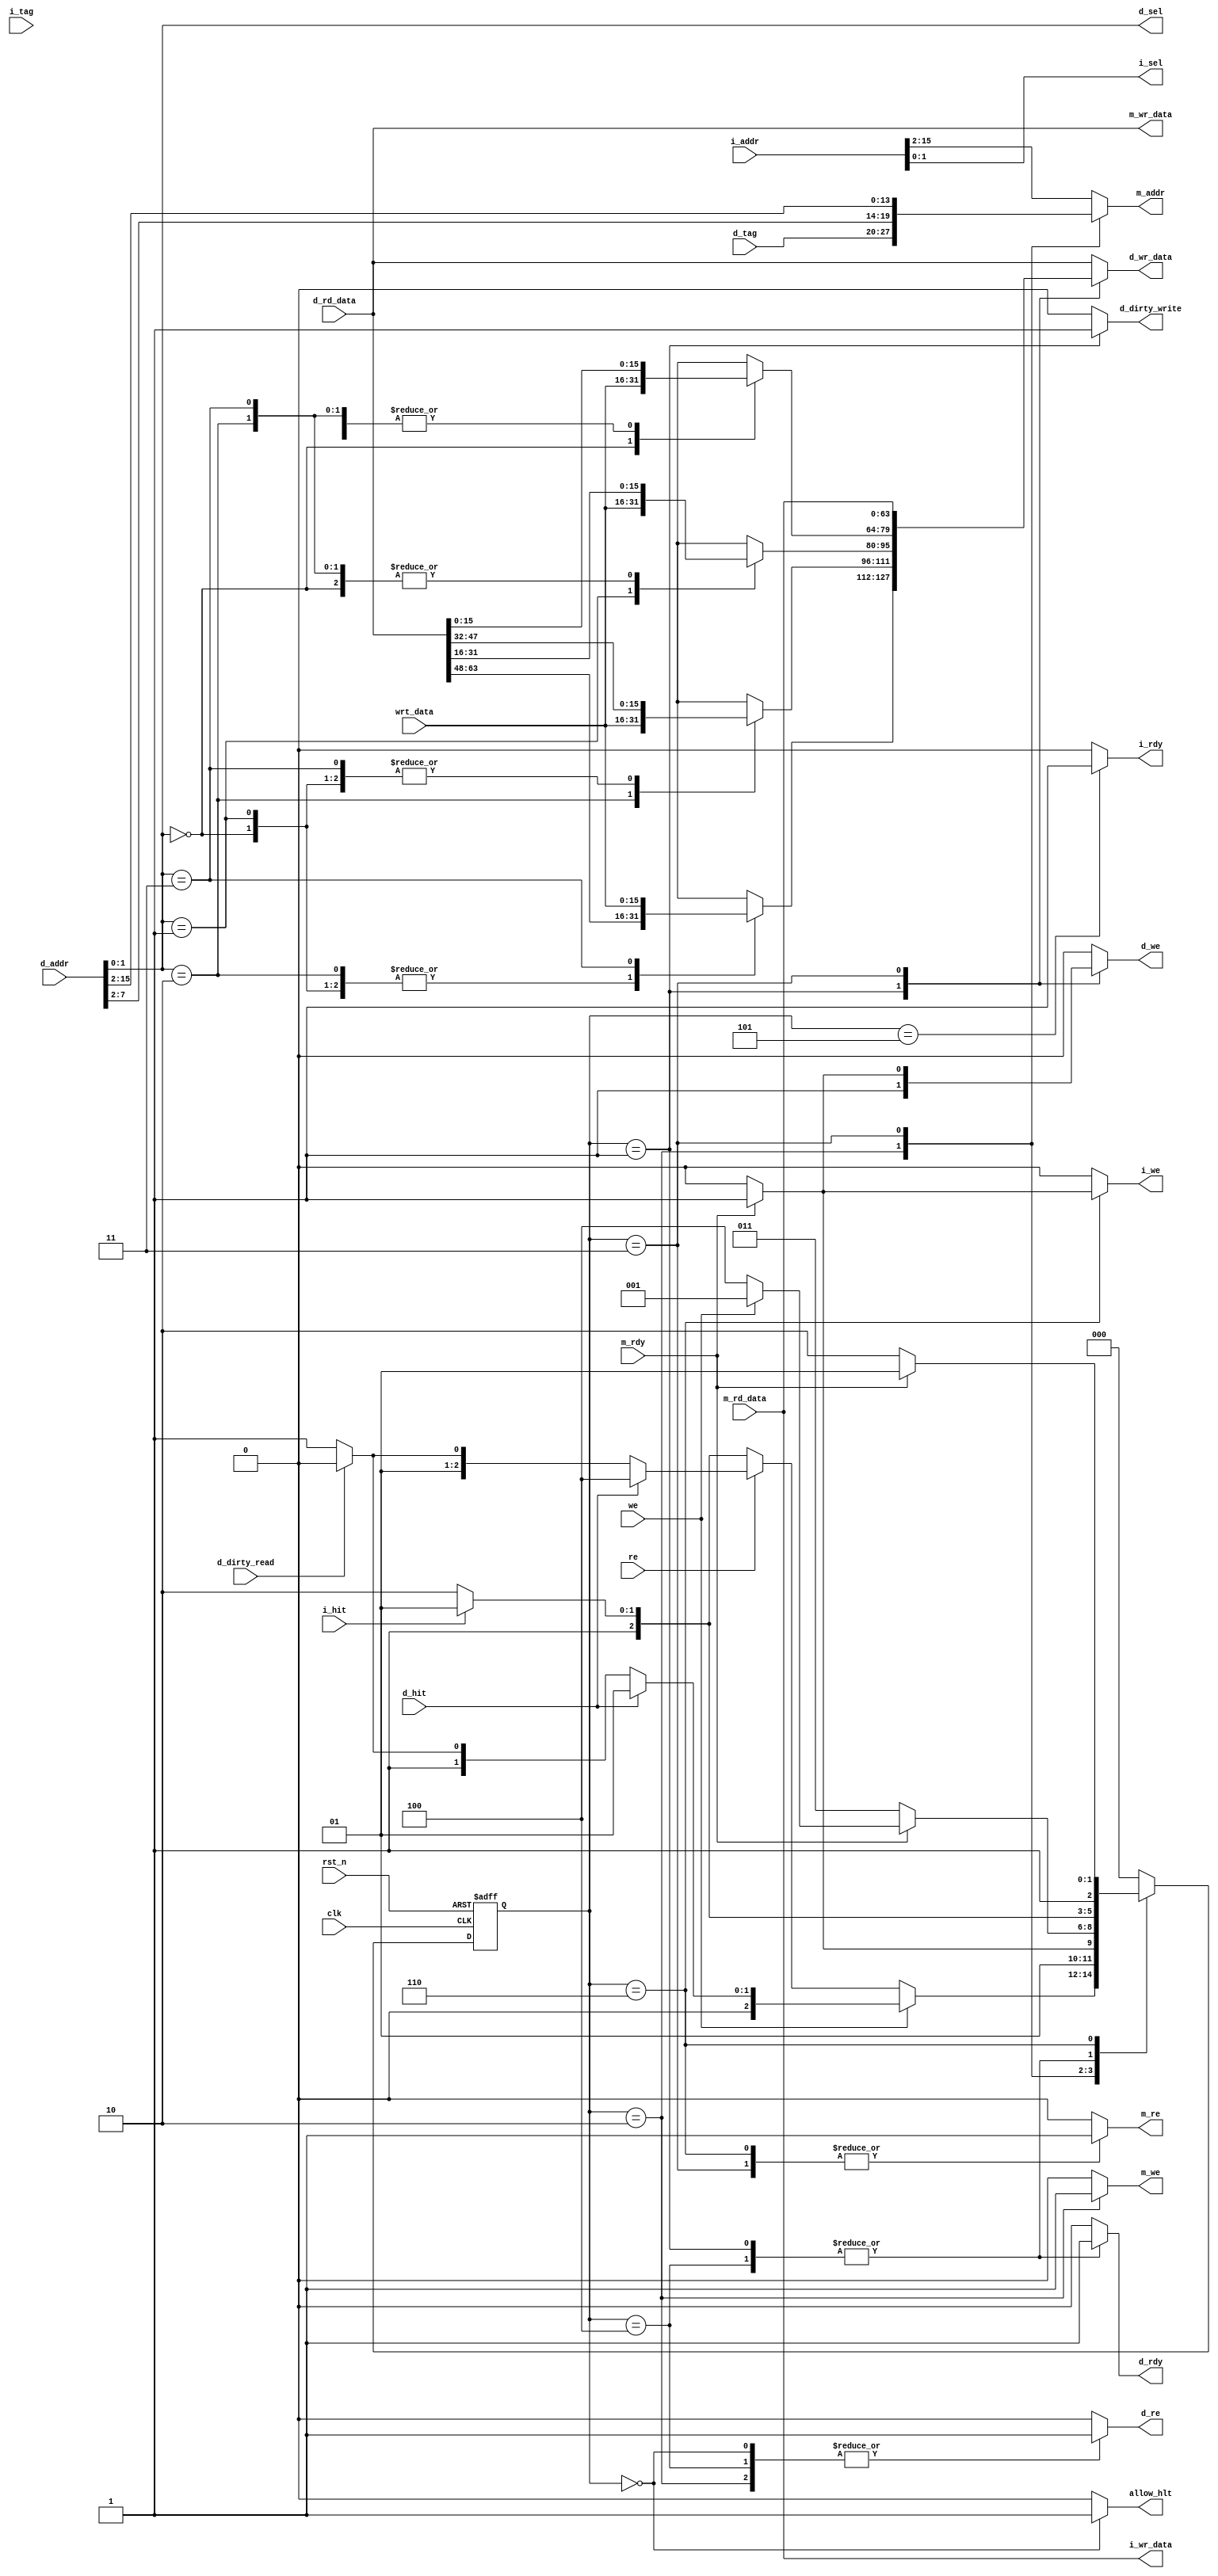
module cache_controller(clk, rst_n, i_rdy, i_sel, i_wr_data, i_we, m_addr, m_re, m_we, m_wr_data, i_addr, i_hit, i_tag, m_rd_data, m_rdy, re, we, d_addr, wrt_data, d_wr_data, d_dirty_write, d_we, d_re, d_tag, d_hit, d_dirty_read, d_sel, d_rd_data, d_rdy,allow_hlt);
        // Course: ECE552
        // Date modified: 12 Dec 2014
	// module to control cache reads and writes, contained inside of mem_hierarchy  

  input clk, rst_n;
  input [15:0] i_addr;					// full instruction address from pc
  input i_hit, d_hit, d_dirty_read;		// high when hit, dirty, or dirty read from memory
  input [7:0] i_tag, d_tag;				// tag to check in i_cache and d_cache
  input [63:0] m_rd_data, d_rd_data;	// read data from d_cache and memory
  input m_rdy;							// high when memory is ready to be read
  input re, we;							// enable read or write for memory
  input [15:0] d_addr, wrt_data;		// address and data to write to memory for data
  
  output reg i_rdy, i_we, m_we, m_re, d_dirty_write, d_we, d_re, d_rdy; 	// high when enabled
  output reg [63:0] i_wr_data, m_wr_data, d_wr_data;	// data to write to to either cache and memory
  output reg [13:0] m_addr;			// memory address (whether in cache or main memmory)
  output reg [1:0] i_sel, d_sel;	// select for offset of output
  output reg allow_hlt;		// allows a halt to propagate through cpu
  
  reg [2:0] state, nextState; // allows 8 states
  reg [63:0] save_d_rd_data;  

  // States //
  localparam IDLE 	       = 3'b000; // Waiting for instruction/order
  localparam WRITE_DCACHE  = 3'b001; // Used for writing program data into Dcache
  localparam DCACHE_TO_MEM = 3'b010; // write Dcache into mem on evict
  localparam MEM_TO_DCACHE = 3'b011; // get new mem block and install into Dcache
  localparam READ_DCACHE   = 3'b100; // read current value in Dcache (on hit)
  localparam READ_ICACHE   = 3'b101; // read current value in Icache on hit
  localparam MEM_TO_ICACHE = 3'b110; // install new mem block into iCache on instr miss

  
  always @(posedge clk, negedge rst_n) begin
	if(!rst_n) begin
      state <= IDLE;
    end else begin
      state <= nextState;
    end
  end
  
  /* FSM */
  always @ (*) begin
    //$display("STATE=%b", state);
    // default values
    i_rdy = 1'b0;
    i_sel = i_addr[1:0];
    i_we  = 1'b0;
    i_wr_data = m_rd_data;	// instructon read from memory should always written to i_cache
    m_we  = 1'b0;
    m_re  = 1'b0;
    m_addr = i_addr[15:2];
    m_wr_data = d_rd_data;
    d_dirty_write = 1'b0;
    d_we = 1'b0;
    d_re = 1'b0; // data read from mem is auto put into instr to write to cache
    d_wr_data = d_rd_data;	// data read from memory should always be written to d_cache
    d_sel = d_addr[1:0];
    d_rdy = 1'b0;
	allow_hlt = 1'b0;
    nextState = IDLE;
    
    case (state)
      IDLE: begin
      	// IDLE state: waiting for a request for the i_cache or d_cache
        // allow hlt instruction to propagate through while IDLE
        allow_hlt = 1'b1;
        // allow a d_cache read in IDLE state. i_re is always set high
        d_re = 1'b1;
        if(we) begin
          // if write enable for d_cache, check if block is a hit or dirty
          nextState=(d_hit)? WRITE_DCACHE : ((d_dirty_read) ? DCACHE_TO_MEM : MEM_TO_DCACHE);
        end else if(re) begin
          // if read enable for d_cache, check if block is hit or dirty
          nextState=(d_hit)? READ_DCACHE : ((d_dirty_read) ? DCACHE_TO_MEM : MEM_TO_DCACHE);
        end else begin
          // if not accessing d_cache, assume an instruction read and check i_cache for hit
          nextState = (i_hit) ? READ_ICACHE : MEM_TO_ICACHE;
        end
      end
      WRITE_DCACHE: begin
      	// WRITE_DCACHE state: write date to d_cache before memory
        // if there is a hit in d_cache, write to that block
        d_we = 1'b1;
        // set dirty since block will be modified after write
        d_dirty_write = 1'b1;
        // select which offset within block to write to
        case (d_addr[1:0])
          2'b00: d_wr_data[15:0] = wrt_data;
          2'b01: d_wr_data[31:16] = wrt_data;
          2'b10: d_wr_data[47:32] = wrt_data;
          2'b11: d_wr_data[63:48] = wrt_data;
          default: begin
            // default set to prevent latch
          end
        endcase
        // enable read from d_cache before entering next state
        d_rdy = 1'b1;
        // if there is a i_cache hit, read from i_cache. 
        // otherwise default to IDLE
        nextState=(i_hit)? READ_ICACHE: MEM_TO_ICACHE;
      end
      DCACHE_TO_MEM: begin
        // DCACHE_TO_MEM state: write d_cache block back to memory if dirty
        // enable write to memory
        m_we = 1'b1;
        // enable read from d_cache
        d_re = 1'b1;
        // extract memory address from d_tag and index
        m_addr={d_tag,d_addr[7:2]};
        if(!m_rdy) nextState=DCACHE_TO_MEM;
        else begin
          // memory takes 4 cycles to write, stay in state until finished
          // default back to IDLE after write is finished
          nextState=MEM_TO_DCACHE;
        end
      end
      MEM_TO_DCACHE: begin
        // MEM_TO_DCACHE state: read block from memory into d_cache
        // enable memory read
        m_re = 1'b1;
        m_addr = d_addr[15:2];
        // set data read from memory to be written to d_cache
        d_wr_data = m_rd_data;
        if(!m_rdy) nextState=MEM_TO_DCACHE;
        else begin
          // memory takes 4 cycles to read, stay in state until finished
          // default back to IDLE after read is finished
          d_we = 1'b1;
          // choose whether to write to or read from new block in d_cache
          nextState = (we)? WRITE_DCACHE: READ_DCACHE;
        end
      end
      READ_DCACHE: begin
        // READ_DCACHE state: read data block from d_cache
        // set read enable for d_cache
        d_re = 1'b1;
        // set data ready for read
        d_rdy = 1'b1;
        // check if we are waiting to read from i_cache
        nextState=(i_hit)? READ_ICACHE: MEM_TO_ICACHE;
      end
      READ_ICACHE: begin
        // READ_ICACHE state: read from i_cache if there is a hit
        i_rdy = 1'b1;
        nextState = IDLE;
      end
      MEM_TO_ICACHE: begin
        // MEM_TO_ICACHE state: if instruction miss, read next instr block from memory
        m_re = 1'b1;
        // memory takes 4 cycles to read, stay in state until finished
        // default back to IDLE after read is finished
        if(!m_rdy) nextState=MEM_TO_ICACHE;
        else begin
          i_we=1'b1;
          nextState=READ_ICACHE;
        end
      end
      default: begin
      end
    endcase
   
  end //end FSM logic

endmodule